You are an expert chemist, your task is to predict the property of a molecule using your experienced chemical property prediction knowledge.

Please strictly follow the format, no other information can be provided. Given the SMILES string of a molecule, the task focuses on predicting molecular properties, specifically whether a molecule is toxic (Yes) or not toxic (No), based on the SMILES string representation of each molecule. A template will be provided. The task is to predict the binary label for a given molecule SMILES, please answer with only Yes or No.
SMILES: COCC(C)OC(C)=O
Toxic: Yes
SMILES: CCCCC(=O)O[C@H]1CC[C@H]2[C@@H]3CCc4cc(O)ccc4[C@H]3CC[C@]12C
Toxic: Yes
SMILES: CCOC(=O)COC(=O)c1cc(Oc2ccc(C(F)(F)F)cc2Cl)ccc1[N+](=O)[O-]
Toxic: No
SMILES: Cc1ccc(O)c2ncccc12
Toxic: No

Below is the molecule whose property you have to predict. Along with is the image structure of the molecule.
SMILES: Oc1ccc(Cl)cc1C1CCCC1
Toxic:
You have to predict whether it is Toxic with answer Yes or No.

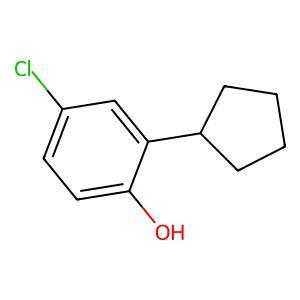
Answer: No